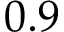
0 . 9